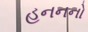
હનનનો